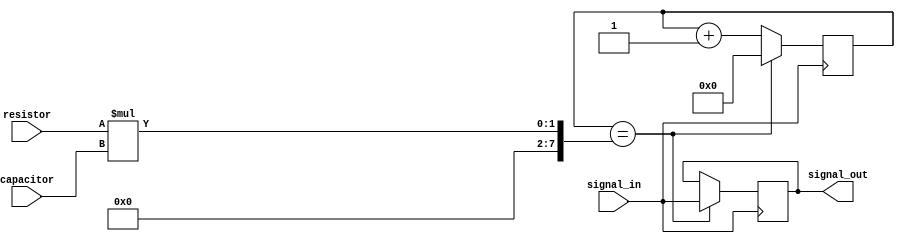
module RC_Delay(
    input signal_in,
    input resistor,
    input capacitor,
    output reg signal_out
);

reg [7:0] count;
reg [7:0] delay;

always @ (posedge signal_in) begin
    count <= count + 1;
    if (count == delay) begin
        signal_out <= signal_in;
        count <= 0;
    end
end

initial begin
    count <= 0;
    delay <= resistor * capacitor;
end

endmodule